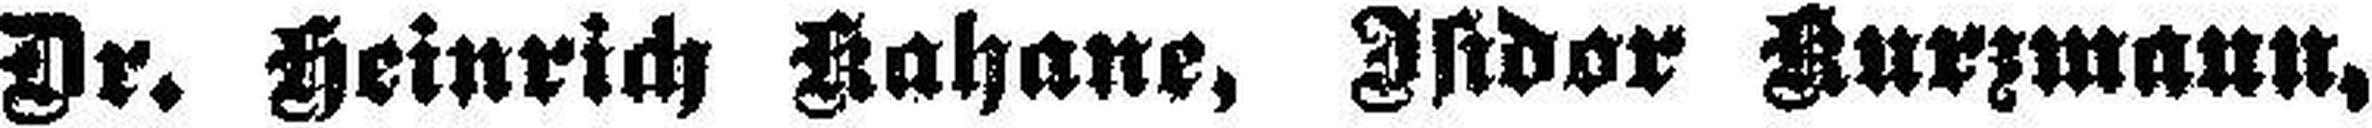
Dr. Heinrich Kahane, Isidor Kurzmann,